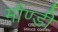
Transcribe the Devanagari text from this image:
मौण्डी